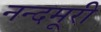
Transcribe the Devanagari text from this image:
नन्दमूरी